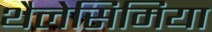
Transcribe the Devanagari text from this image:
थैलेसिमिया